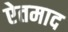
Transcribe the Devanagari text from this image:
ऐतमाद